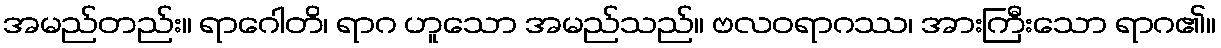
အမည်တည်း။ ရာဂေါတိ၊ ရာဂ ဟူသော အမည်သည်။ ဗလဝရာဂဿ၊ အားကြီးသော ရာဂ၏။